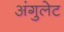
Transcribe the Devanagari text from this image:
अंगुलेट